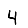
Digit: 4